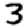
Digit: 3